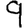
Digit: 9